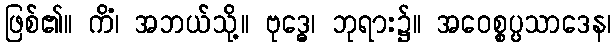
ဖြစ်၏။ ကိံ၊ အဘယ်သို့။ ဗုဒ္ဓေ၊ ဘုရား၌။ အဝေစ္စပ္ပသာဒေန၊